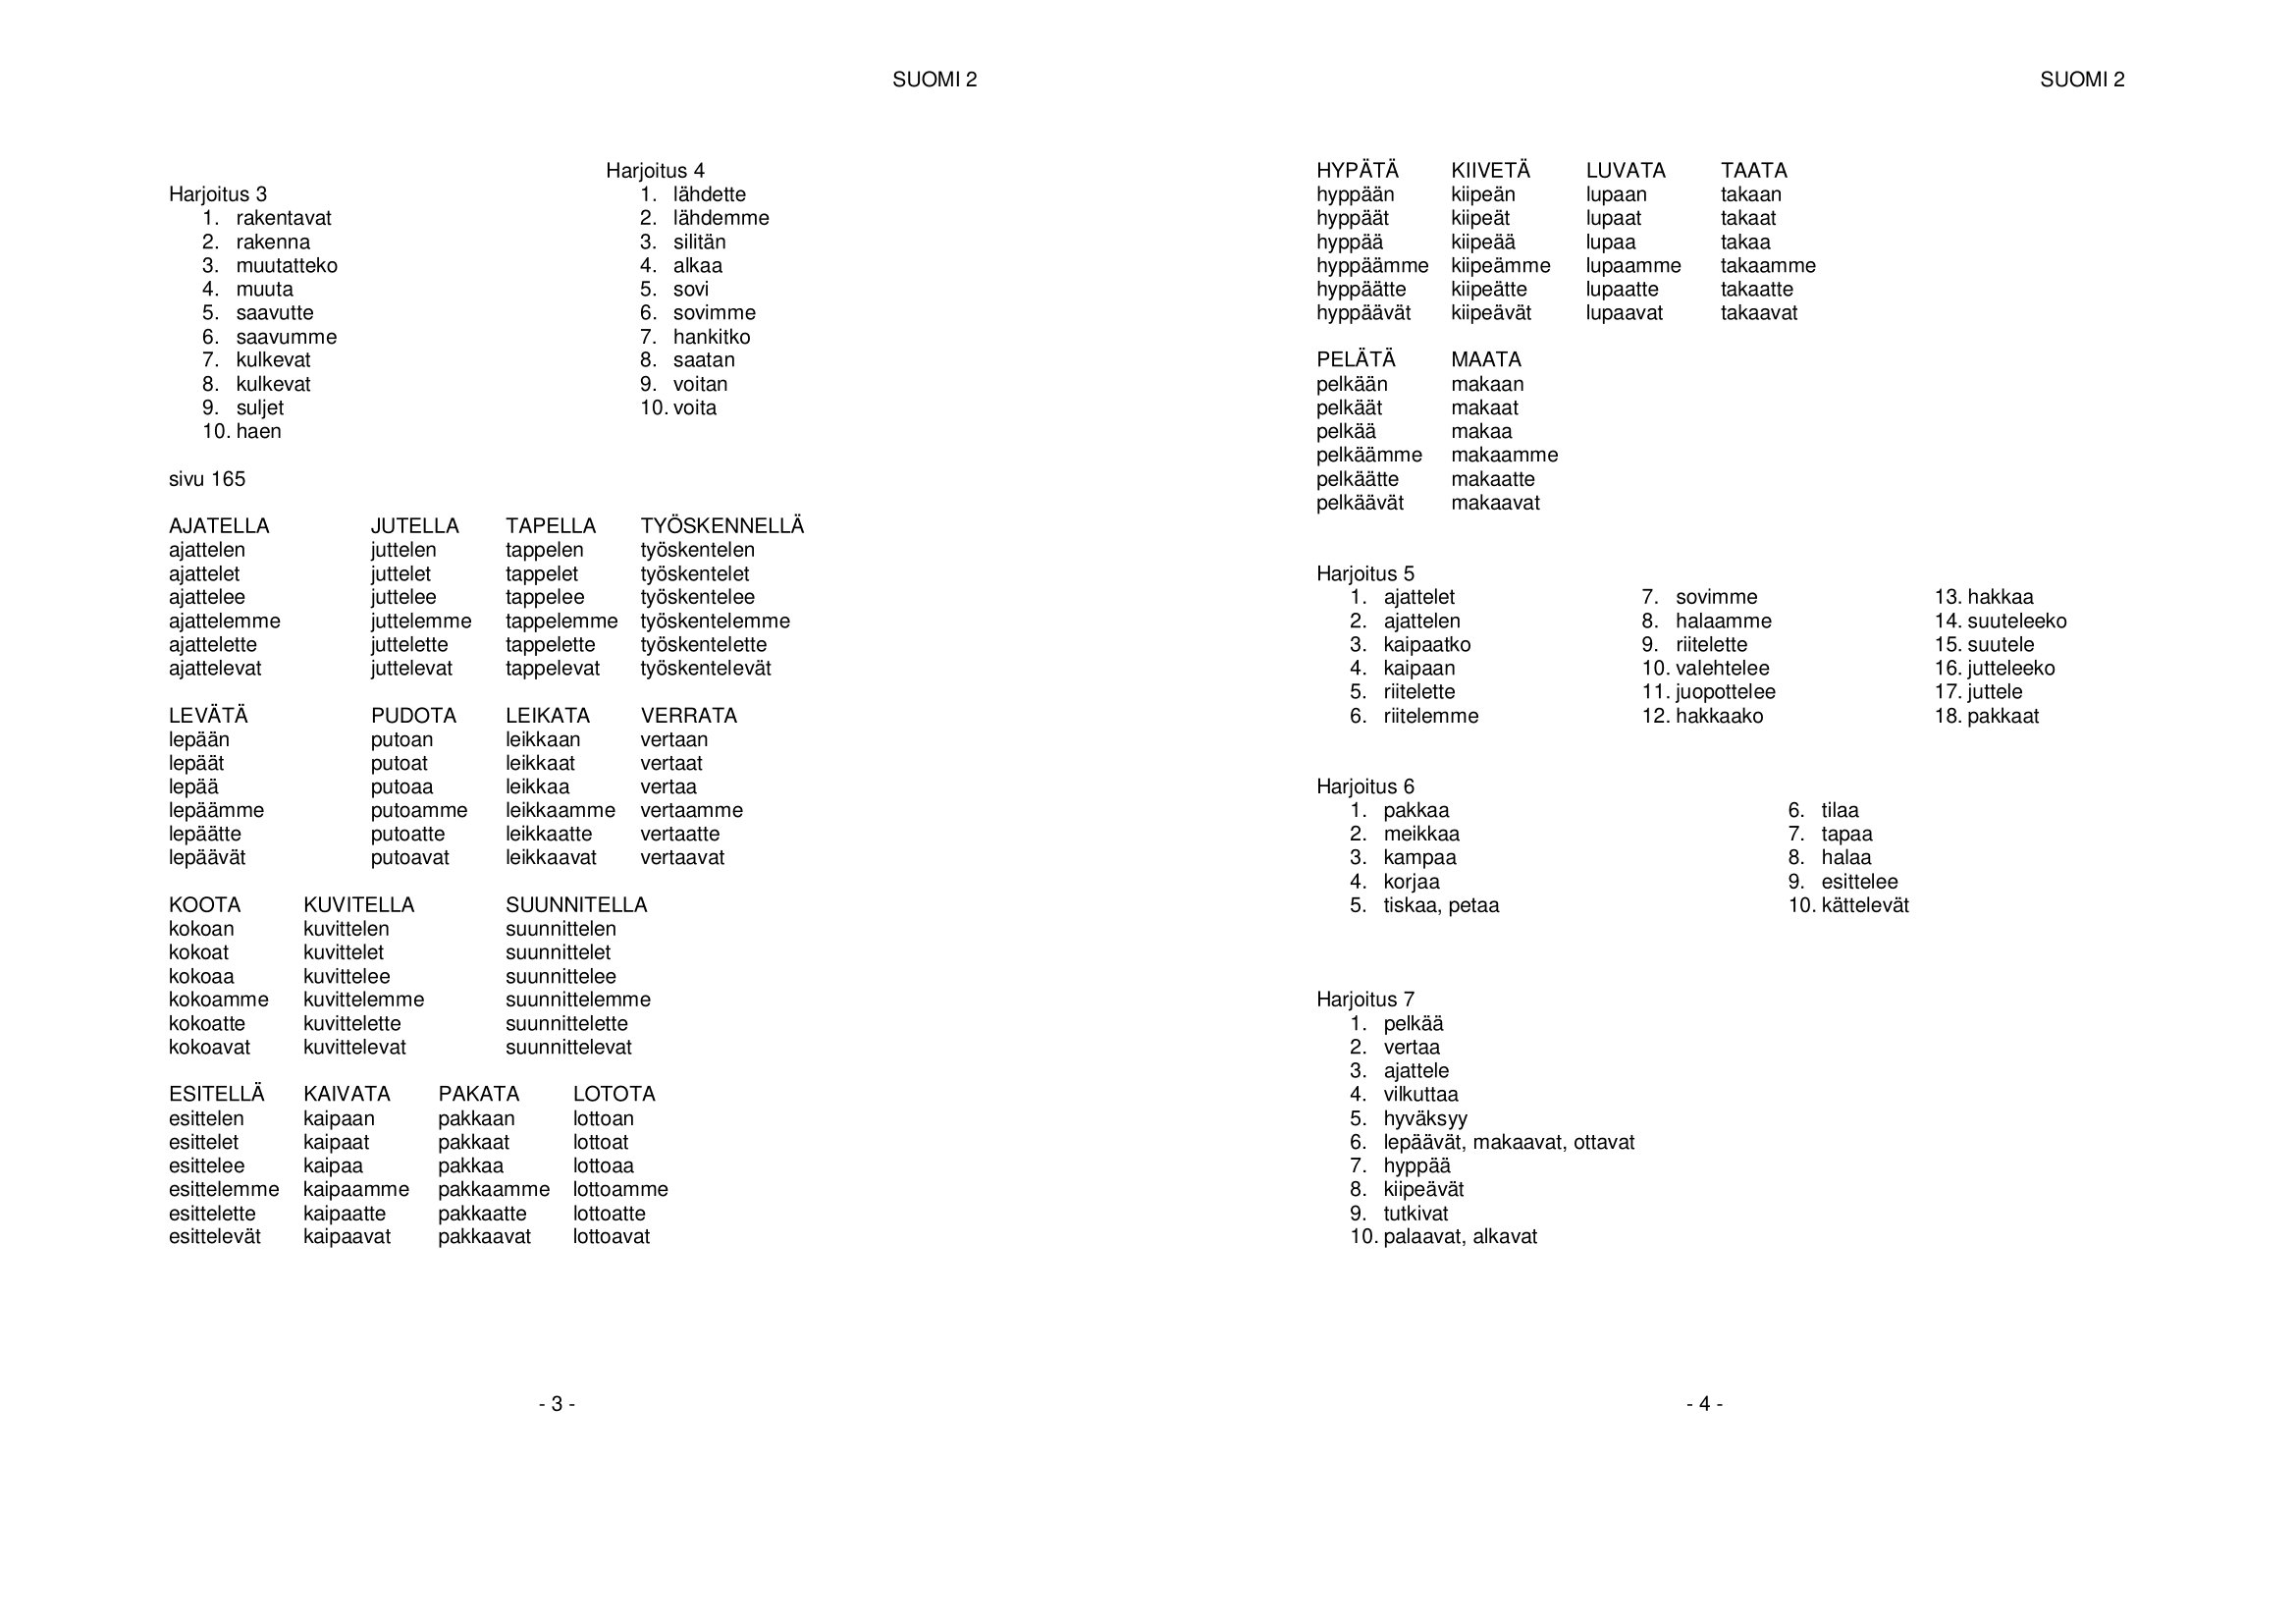
Language: fn